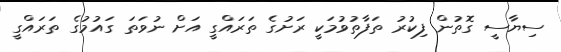
ސިޔާސީ ގޮތުން ފިކުރު ތަފާތުވުމަކީ ރަށުގެ ތަރައްގީ އަށް ނުވަތަ ގައުމުގެ ތަރައްގީ